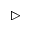
\triangleright